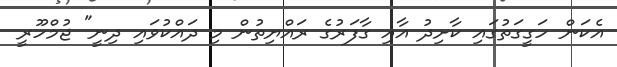
އެކަން ހަގީގަތުގައި ކާށިދު އާއި ގާފަރުގެ ރައްޔިތުން މި ދައްކުވައި ދިނީ" ޖުމްހޫރީ